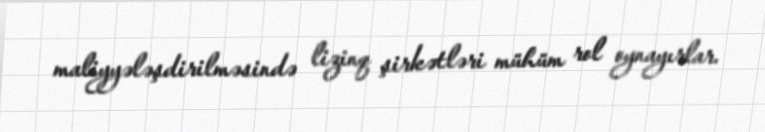
maliyyələşdirilməsində lizinq şirkətləri mühüm rol oynayırlar.